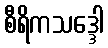
စီရိကသဒ္ဒေါ